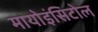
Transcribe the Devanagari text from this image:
मायोइंसिटोल